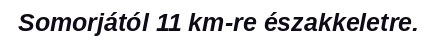
Somorjától 11 km-re északkeletre.